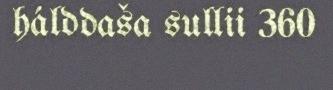
hálddaša sullii 360